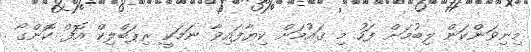
މިނިވަންކަން ލިބުމަށް ފަހު މި ޤައުމަށް ކިޔާފައިވާ ނަމަކީ ރިޕަބްލިކް އޮފް ކޮންގޯ